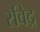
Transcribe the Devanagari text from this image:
रविद्र